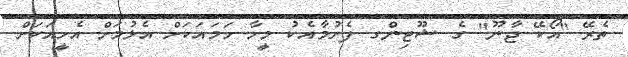
ތެރޭ "އޯކޭ ޖާނޫ" ގެ ޝޫޓިންގ ފެށުމާއެކު މީހާ ހަމައަކަށް އެޅުމަށް އެހީއަކަށް